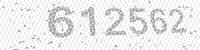
Solution: 612562